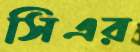
সিএর